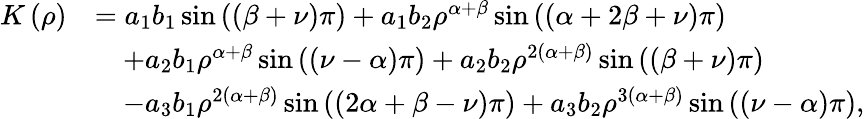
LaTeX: \begin{array}{rl}{K\left(\rho\right)}&{=a_{1}b_{1}\sin\left(\left(\beta+\nu\right)\pi\right)+a_{1}b_{2}\rho^{\alpha+\beta}\sin\left(\left(\alpha+2\beta+\nu\right)\pi\right)}\\ &{\quad+a_{2}b_{1}\rho^{\alpha+\beta}\sin\left(\left(\nu-\alpha\right)\pi\right)+a_{2}b_{2}\rho^{2\left(\alpha+\beta\right)}\sin\left(\left(\beta+\nu\right)\pi\right)}\\ &{\quad-a_{3}b_{1}\rho^{2\left(\alpha+\beta\right)}\sin\left(\left(2\alpha+\beta-\nu\right)\pi\right)+a_{3}b_{2}\rho^{3\left(\alpha+\beta\right)}\sin\left(\left(\nu-\alpha\right)\pi\right),}\end{array}